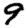
Digit: 9